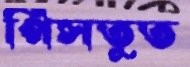
পিসতুত